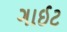
ગાઈટ